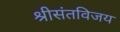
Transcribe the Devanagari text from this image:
श्रीसंतविजय